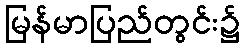
မြန်မာပြည်တွင်း၌